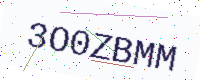
Text: 3O0ZBMM